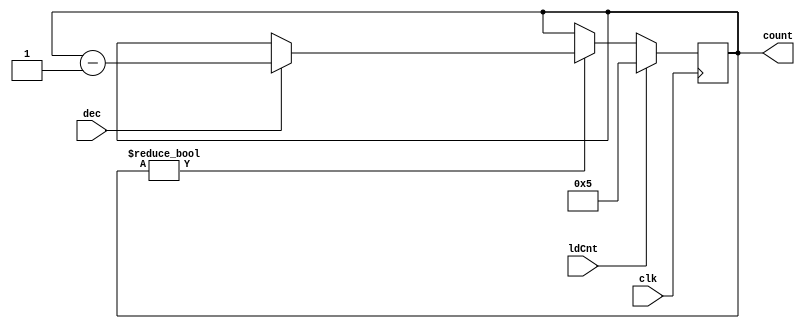
module counter (output reg [4:0] count, input dec, clk, ldCnt);

    always @(posedge clk) begin
        if (ldCnt)
            count <= 5'b00101;
            
        else if (count != 0) begin
            if (dec)
                count <= count - 1;
        end

        else
            count <= count;
        
    end

endmodule
//counter c0 (count, dec, clk, ldCnt);